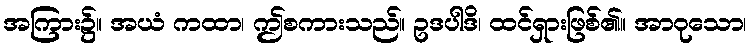
အကြား၌။ အယံ ကထာ၊ ဤစကားသည်။ ဥဒပါဒိ၊ ထင်ရှားဖြစ်၏။ အာဝုသော၊